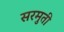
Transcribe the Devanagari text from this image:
सरमुती